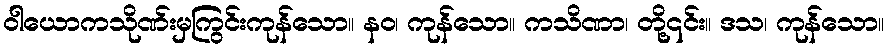
ဝါယောကသိုဏ်းမှကြွင်းကုန်သော။ နဝ၊ ကုန်သော။ ကသိဏာ၊ တို့၎င်း။ ဒသ၊ ကုန်သော။